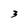
Character: 3